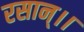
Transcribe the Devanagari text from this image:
रसान्।।